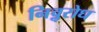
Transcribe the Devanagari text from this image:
निॢवरोध